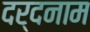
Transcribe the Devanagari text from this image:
दर्दनाम